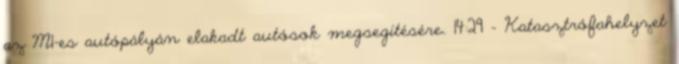
az M1-es autópályán elakadt autósok megsegítésére. 14:29 - Katasztrófahelyzet